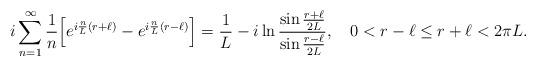
LaTeX: \begin{align*}i\sum_{n=1}^\infty {1\over n}\Bigl[e^{i{n\over L}(r+\ell)}- e^{i{n\over L}(r-\ell)}\Bigr]={1\over L}-i\ln{\sin{r+\ell\over 2L}\over \sin{r-\ell\over 2L}},\quad0<r-\ell\le r+\ell<2\pi L.\end{align*}